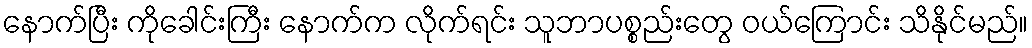
နောက်ပြီး ကိုခေါင်းကြီး နောက်က လိုက်ရင်း သူဘာပစ္စည်းတွေ ဝယ်ကြောင်း သိနိုင်မည်။